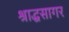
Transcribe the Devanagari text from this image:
श्राद्धसागर